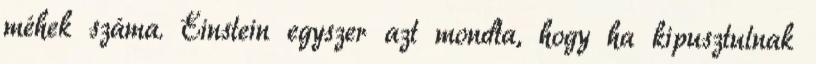
méhek száma. Einstein egyszer azt mondta, hogy ha kipusztulnak